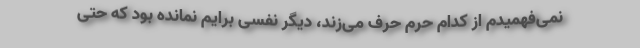
نمی‌فهمیدم از کدام حرم حرف می‌زند، دیگر نفسی برایم نمانده بود که حتی